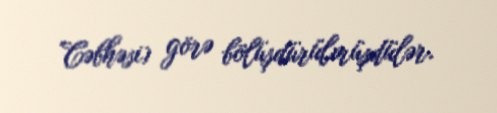
Cəbhəsi) görə bölüşdürülmüşdülər.